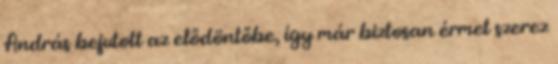
András bejutott az elődöntőbe, így már biztosan érmet szerez